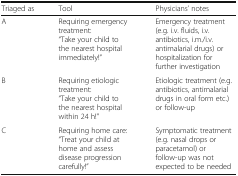
<table><thead><tr><td><b>Triaged as</b></td><td><b>Tool</b></td><td><b>Physicians’ notes</b></td></tr></thead><tbody><tr><td>A</td><td>Requiring emergency treatment:“Take your child to the nearest hospital immediately!”</td><td>Emergency treatment (e.g. i.v. fluids, i.v. antibiotics, i.m./i.v. antimalarial drugs) or hospitalization for further investigation</td></tr><tr><td>B</td><td>Requiring etiologic treatment:“Take your child to the nearest hospital within 24 h!”</td><td>Etiologic treatment (e.g. antibiotics, antimalarial drugs in oral form etc.) or follow-up</td></tr><tr><td>C</td><td>Requiring home care:“Treat your child at home and assess disease progression carefully!”</td><td>Symptomatic treatment (e.g. nasal drops or paracetamol) or follow-up was not expected to be needed</td></tr></tbody></table>